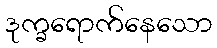
ဒုက္ခရောက်နေသော